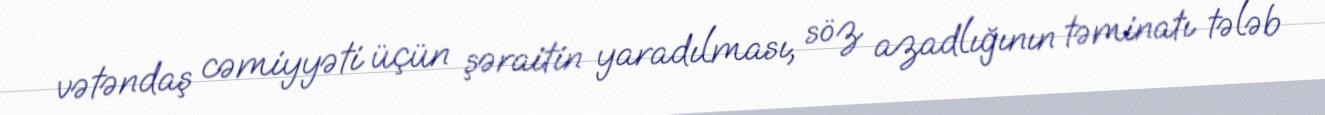
vətəndaş cəmiyyəti üçün şəraitin yaradılması, söz azadlığının təminatı tələb